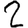
Digit: 2